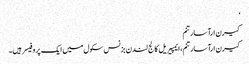
‘
کیرن ارآسارتنم
کیرن ارآسارتنم ، ایمپیریل کالج لندن بزنس سکول میں ایک پروفیسر ہیں۔